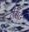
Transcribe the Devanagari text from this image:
लेंसट